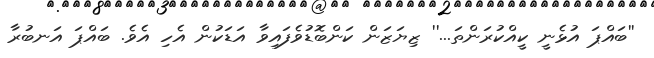
''ބައްޕަ އުޅެނީ ކީއްކުރަންތަ...'' ޒިޔަޒަން ކަންބޮޑުވެފައިވާ އަޑަކުން އެހި އެވެ. ބައްޕަ އަނބުރާ